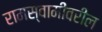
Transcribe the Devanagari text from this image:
रामस्वामींवरील